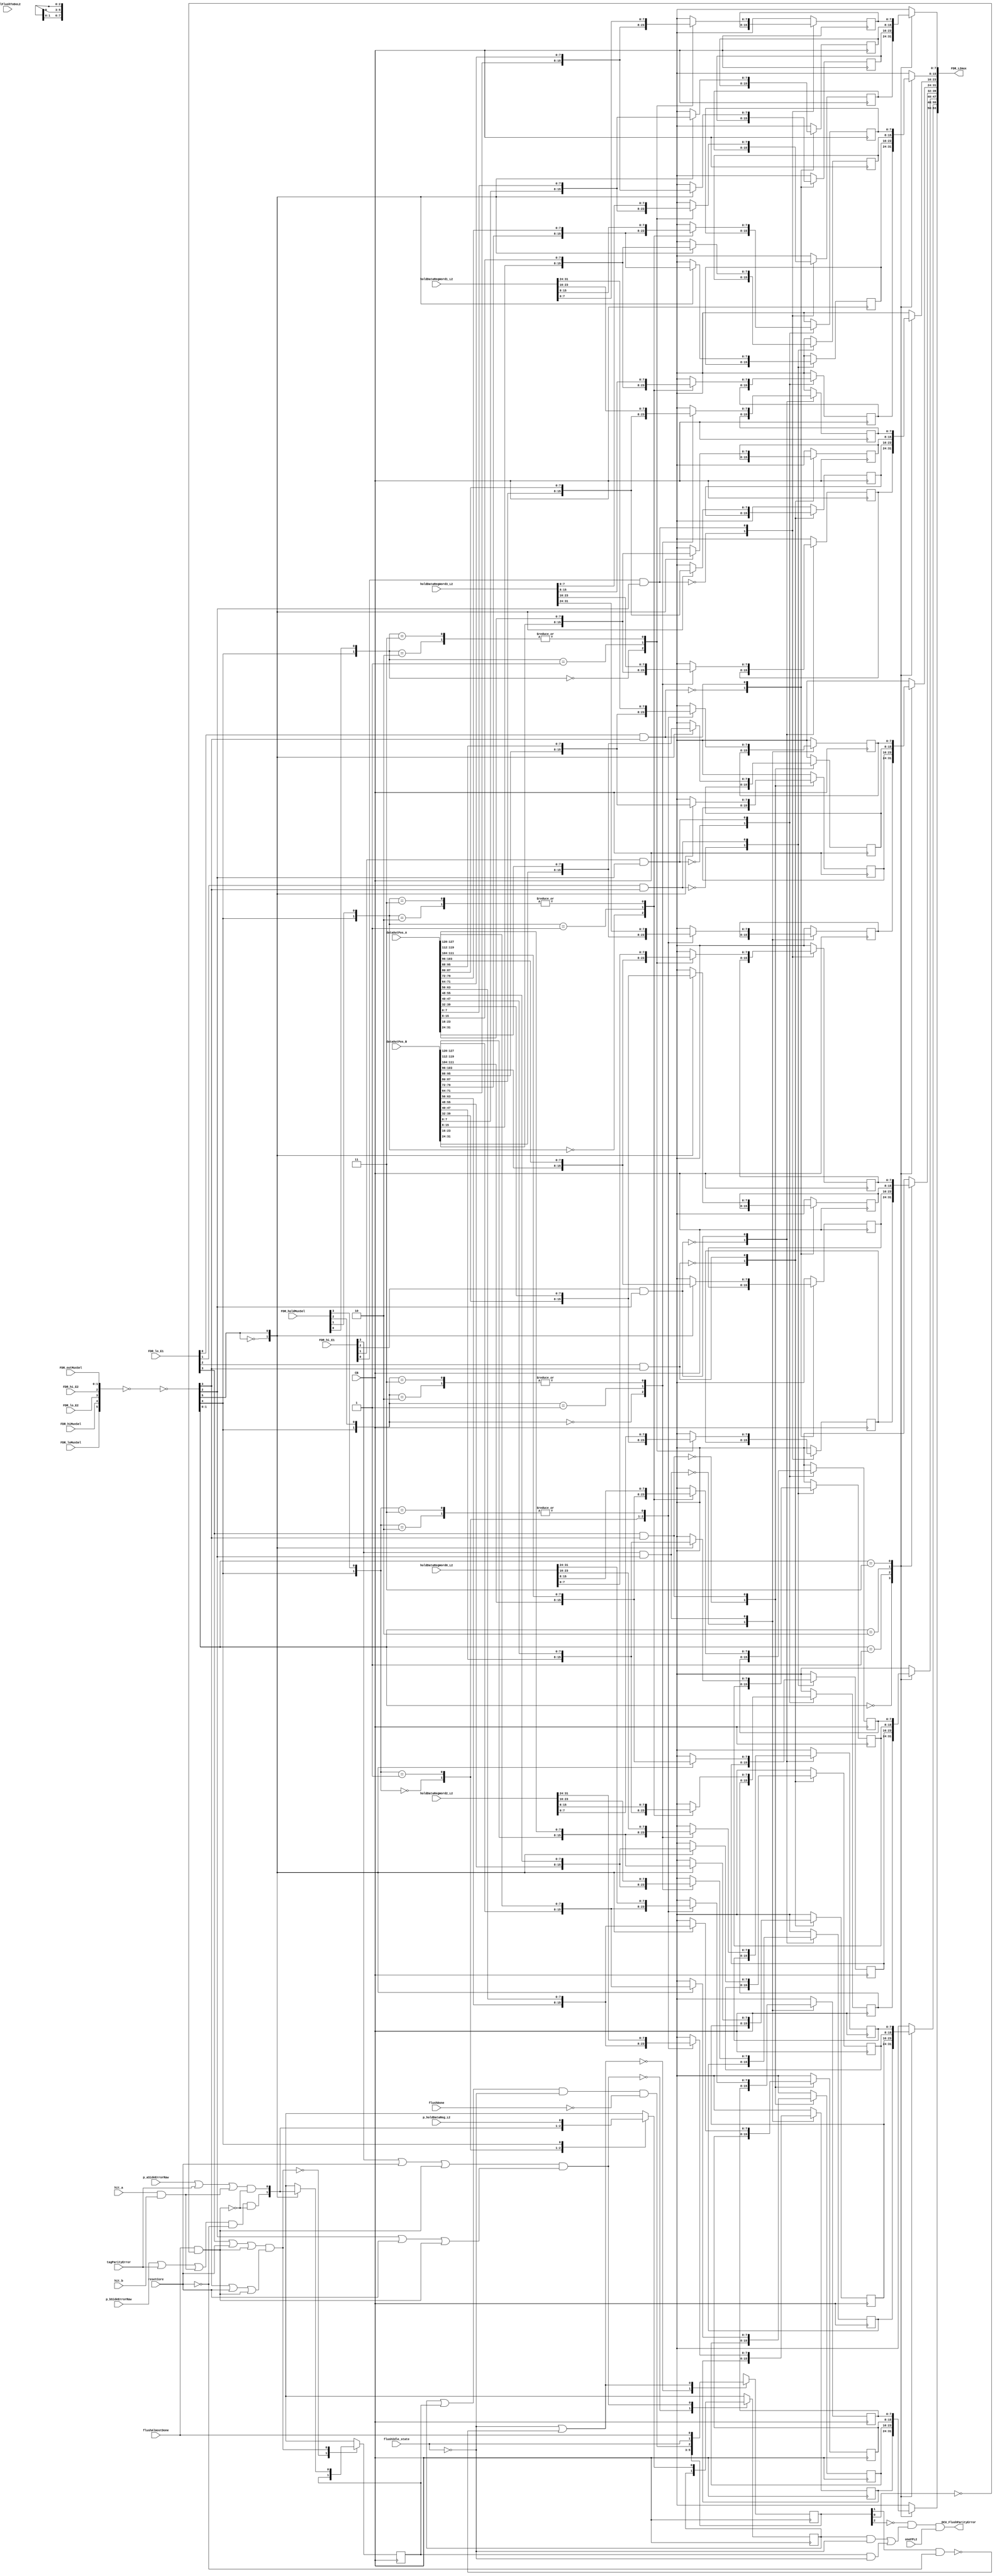
// 
// ************************************************************************** 
// 
//  Copyright (c) International Business Machines Corporation, 2005. 
// 
//  This file contains trade secrets and other proprietary and confidential 
//  information of International Business Machines Corporation which are 
//  protected by copyright and other intellectual property rights and shall 
//  not be reproduced, transferred to other documents, disclosed to others, 
//  or used for any purpose except as specifically authorized in writing by 
//  International Business Machines Corporation. This notice must be 
//  contained as part of this text at all times. 
// 
// ************************************************************************** 
//

module p405s_DCU_flushReg( FDR_L2mux,
                           CB,
                           FDR_hiMuxSel,
                           FDR_hi_E1,
                           FDR_hi_E2,
                           FDR_holdMuxSel,
                           FDR_loMuxSel,
                           FDR_lo_E1,
                           FDR_lo_E2,
                           FDR_outMuxSel,
                           dataOutPos_A,
                           p_aSideErrorRaw,
                           hit_a,
                           dataOutPos_B,
                           p_bSideErrorRaw,
                           hit_b,
                           flushIdle_state,
                           flushAlmostDone,
                           flushDone,
                           fillFlushToDoL2,
                           oneFPL2,
                           resetCore,
                           holdDataRegWord0_L2,
                           holdDataRegWord1_L2,
                           holdDataRegWord2_L2,
                           holdDataRegWord3_L2,
                           p_holdDataReg_L2,
                           tagParityError,
                           DCU_FlushParityError
                          );

input  FDR_hiMuxSel;
input  FDR_hi_E2;
input  FDR_loMuxSel;
input  FDR_lo_E2;

//--------- start ---------------
// rgoldiez - added p_aSideErrorRaw and p_bSideErrorRaw, one of which will get selected if
//             a flush is occuring
//            added flushIdle_state and resetCore for signalling parity errors for flush/castouts
//            added DCU_FlushParityError which is signalled when a castout error occurs
//            added tagParityError for tag errors on castout lines
//            added hit_a and hit_b since hit is necessary for a dcbf/dcbst to occur
//            added p_holdDataReg_L2 for holdDR parity errors
//            bringing the flushAlmostDone for holdDR -> FDR parity error movement
input  p_aSideErrorRaw;
input  p_bSideErrorRaw;
input  flushIdle_state;
input  flushAlmostDone;
input  flushDone;
input  fillFlushToDoL2;
input  oneFPL2;
input  resetCore;
input  tagParityError;
input  hit_a; 
input  hit_b;
input  p_holdDataReg_L2;
output DCU_FlushParityError;
//--------- end -----------------

output [0:63]  FDR_L2mux;

input [0:31]  holdDataRegWord0_L2;
input [0:31]  holdDataRegWord2_L2;
input [0:1]  FDR_outMuxSel;
input [0:127]  dataOutPos_B;
input [0:3]  FDR_hi_E1;
input [0:3]  FDR_lo_E1;
input [0:31]  holdDataRegWord1_L2;
input [0:3]  FDR_holdMuxSel;
input [0:127]  dataOutPos_A;
input [0:31]  holdDataRegWord3_L2;
input CB;

// Buses in the design

reg  [0:7]  FDR_word0Byte0_In;
reg  [0:7]  FDR_word0Byte1_In;
reg  [0:7]  FDR_word0Byte2_In;
reg  [0:7]  FDR_word0Byte3_In;
reg  [0:7]  FDR_word1Byte0_In;
reg  [0:7]  FDR_word2Byte3_In;
reg  [0:7]  FDR_word2Byte2_In;
reg  [0:7]  FDR_word2Byte1_In;
reg  [0:7]  FDR_word2Byte0_In;
wire  [0:5]  controlByte23;
wire  [0:5]  controlByte01;
reg  [0:7]  FDR_word1Byte1_In;
reg  [0:7]  FDR_word1Byte2_In;
reg  [0:7]  FDR_word1Byte3_In;
reg  [0:7]  FDR_word3Byte2_In;
reg  [0:7]  FDR_word3Byte1_In;
reg  [0:7]  FDR_word3Byte0_In;
reg  [0:31]  FDR_word5_L2;
reg  [0:7]  FDR_word3Byte3_In;
reg  [0:31]  FDR_word1_L2;
reg  [0:31]  FDR_word0_L2;
reg  [0:31]  FDR_word3_L2;
reg  [0:31]  FDR_word6_L2;
reg  [0:31]  FDR_word2_L2;
reg  [0:31]  FDR_word7_L2;
reg  [0:31]  FDR_word4_L2;
wire  [0:1]  FDR_outMuxSelByte23;
wire  [0:1]  FDR_outMuxSelByte01;
// wires from instantiation
wire FDR_hi_byte01_E2;
wire p_parityFDRhiE2;
wire flushAlmostDoneBlip_N;
wire FDR_hiMuxSelByte01;
wire p_FDRhi_L2;
wire FDR_lo_byte01_E2;
wire p_parityFDRloE2;
wire FDR_loMuxSelByte01;
wire p_FDRlo_L2;

wire FDR_loMuxSelByte23, FDR_hiMuxSelByte23, FDR_lo_byte23_E2;
wire FDR_hi_byte23_E2;

reg [24:31] regDCU_FDRword7Byte3_muxout;
reg [16:23] regDCU_FDRword7Byte2_muxout;
reg [8:15] regDCU_FDRword7Byte1_muxout;
reg [0:7] regDCU_FDRword7Byte0_muxout;
reg [24:31] regDCU_FDRword6Byte3_muxout;
reg [16:23] regDCU_FDRword6Byte2_muxout;
reg [8:15] regDCU_FDRword6Byte1_muxout;
reg [0:7] regDCU_FDRword6Byte0_muxout;
reg [24:31] regDCU_FDRword5Byte3_muxout;
reg [16:23] regDCU_FDRword5Byte2_muxout;
reg [8:15] regDCU_FDRword5Byte1_muxout;
reg [0:7] regDCU_FDRword5Byte0_muxout;
reg [24:31] regDCU_FDRword4Byte3_muxout;

reg [0:63]  FDR_L2mux;

// Removed the module 'dp_logDCU_FDR_inv4'
assign {FDR_loMuxSelByte23, FDR_hiMuxSelByte23,
     FDR_lo_byte23_E2, FDR_hi_byte23_E2, FDR_outMuxSelByte23[0:1]} = ~(controlByte23[0:5]);

// Removed the module 'dp_logDCU_FDR_inv3'
assign {FDR_loMuxSelByte01, FDR_hiMuxSelByte01,
     FDR_lo_byte01_E2, FDR_hi_byte01_E2, FDR_outMuxSelByte01[0:1]} = ~(controlByte01[0:5]);

// Removed the module 'dp_logDCU_FDR_inv2'
assign controlByte23[0:5] = ~({FDR_loMuxSel, FDR_hiMuxSel, FDR_lo_E2, FDR_hi_E2,FDR_outMuxSel[0:1]});

// Removed the module 'dp_logDCU_FDR_inv1'
assign controlByte01[0:5] = ~({FDR_loMuxSel, FDR_hiMuxSel, FDR_lo_E2, FDR_hi_E2,FDR_outMuxSel[0:1]});

// Removed the module 'dp_muxDCU_FDRbyte0_out2'
always @(FDR_word3_L2 or FDR_word5_L2 or FDR_word7_L2 or FDR_word1_L2 or FDR_outMuxSelByte01)
    begin                                           
    case({FDR_outMuxSelByte01[0], FDR_outMuxSelByte01[1]})
     2'b00: FDR_L2mux[32:39] = FDR_word3_L2[0:7];    
     2'b01: FDR_L2mux[32:39] = FDR_word5_L2[0:7];    
     2'b10: FDR_L2mux[32:39] = FDR_word7_L2[0:7];    
     2'b11: FDR_L2mux[32:39] = FDR_word1_L2[0:7];    
      default: FDR_L2mux[32:39] = 8'bx;        
    endcase                                    
   end 

// Removed the module 'dp_muxDCU_FDRbyte1_out2'
always @(FDR_word3_L2 or FDR_word5_L2 or FDR_word7_L2 or FDR_word1_L2 or FDR_outMuxSelByte01)
    begin                                           
    case({FDR_outMuxSelByte01[0], FDR_outMuxSelByte01[1]})
     2'b00: FDR_L2mux[40:47] = FDR_word3_L2[8:15]; 
     2'b01: FDR_L2mux[40:47] = FDR_word5_L2[8:15];    
     2'b10: FDR_L2mux[40:47] = FDR_word7_L2[8:15];    
     2'b11: FDR_L2mux[40:47] = FDR_word1_L2[8:15];    
      default: FDR_L2mux[40:47] = 8'bx;        
    endcase                                    
   end                                         

// Removed the module 'dp_muxDCU_FDRbyte2_out2'
always @(FDR_word3_L2 or FDR_word5_L2 or FDR_word7_L2 or FDR_word1_L2 or FDR_outMuxSelByte23)
    begin                                           
    case({FDR_outMuxSelByte23[0], FDR_outMuxSelByte23[1]})
     2'b00: FDR_L2mux[48:55] = FDR_word3_L2[16:23];    
     2'b01: FDR_L2mux[48:55] = FDR_word5_L2[16:23];    
     2'b10: FDR_L2mux[48:55] = FDR_word7_L2[16:23];    
     2'b11: FDR_L2mux[48:55] = FDR_word1_L2[16:23];    
      default: FDR_L2mux[48:55] = 8'bx;        
    endcase                                    
   end

// Removed the module 'dp_muxDCU_FDRbyte3_out2'
always @(FDR_word3_L2 or FDR_word5_L2 or FDR_word7_L2 or FDR_word1_L2 or FDR_outMuxSelByte23)
    begin                                           
    case({FDR_outMuxSelByte23[0], FDR_outMuxSelByte23[1]})
     2'b00: FDR_L2mux[56:63] = FDR_word3_L2[24:31];    
     2'b01: FDR_L2mux[56:63] = FDR_word5_L2[24:31];    
     2'b10: FDR_L2mux[56:63] = FDR_word7_L2[24:31];    
     2'b11: FDR_L2mux[56:63] = FDR_word1_L2[24:31];    
      default: FDR_L2mux[56:63] = 8'bx;        
    endcase                                    
   end

// Removed the module 'dp_muxDCU_FDRbyte3_out1'
always @(FDR_word2_L2 or FDR_word4_L2 or FDR_word6_L2 or FDR_word0_L2 or FDR_outMuxSelByte23)
    begin                                           
    case({FDR_outMuxSelByte23[0], FDR_outMuxSelByte23[1]})
     2'b00: FDR_L2mux[24:31] = FDR_word2_L2[24:31];    
     2'b01: FDR_L2mux[24:31] = FDR_word4_L2[24:31];    
     2'b10: FDR_L2mux[24:31] = FDR_word6_L2[24:31];    
     2'b11: FDR_L2mux[24:31] = FDR_word0_L2[24:31];    
      default: FDR_L2mux[24:31] = 8'bx;        
    endcase                                    
   end

// Removed the module 'dp_muxDCU_FDRbyte2_out1'
always @(FDR_word2_L2 or FDR_word4_L2 or FDR_word6_L2 or FDR_word0_L2 or FDR_outMuxSelByte23)
    begin                                           
    case({FDR_outMuxSelByte23[0], FDR_outMuxSelByte23[1]})
     2'b00: FDR_L2mux[16:23] = FDR_word2_L2[16:23];    
     2'b01: FDR_L2mux[16:23] = FDR_word4_L2[16:23];    
     2'b10: FDR_L2mux[16:23] = FDR_word6_L2[16:23];    
     2'b11: FDR_L2mux[16:23] = FDR_word0_L2[16:23];    
      default: FDR_L2mux[16:23] = 8'bx;        
    endcase                                    
   end

// Removed the module 'dp_muxDCU_FDRbyte1_out1'
always @(FDR_word2_L2 or FDR_word4_L2 or FDR_word6_L2 or FDR_word0_L2 or FDR_outMuxSelByte01)
    begin                                           
    case({FDR_outMuxSelByte01[0], FDR_outMuxSelByte01[1]})
     2'b00: FDR_L2mux[8:15] = FDR_word2_L2[8:15];    
     2'b01: FDR_L2mux[8:15] = FDR_word4_L2[8:15];    
     2'b10: FDR_L2mux[8:15] = FDR_word6_L2[8:15];    
     2'b11: FDR_L2mux[8:15] = FDR_word0_L2[8:15];    
      default: FDR_L2mux[8:15] = 8'bx;        
    endcase                                    
   end

// Removed the module 'dp_muxDCU_FDRbyte0_out1'
always @(FDR_word2_L2 or FDR_word4_L2 or FDR_word6_L2 or FDR_word0_L2 or FDR_outMuxSelByte01)
    begin                                           
    case({FDR_outMuxSelByte01[0], FDR_outMuxSelByte01[1]})
     2'b00: FDR_L2mux[0:7] = FDR_word2_L2[0:7];    
     2'b01: FDR_L2mux[0:7] = FDR_word4_L2[0:7];    
     2'b10: FDR_L2mux[0:7] = FDR_word6_L2[0:7];    
     2'b11: FDR_L2mux[0:7] = FDR_word0_L2[0:7];    
      default: FDR_L2mux[0:7] = 8'bx;        
    endcase                                    
   end

// Removed the module 'dp_regDCU_FDRword7Byte3'
always @(dataOutPos_B or dataOutPos_A or FDR_loMuxSelByte23)
    begin                                       
    casez(FDR_loMuxSelByte23)                    
     1'b0: regDCU_FDRword7Byte3_muxout = dataOutPos_B[120:127];
     1'b1: regDCU_FDRword7Byte3_muxout = dataOutPos_A[120:127];   
      default: regDCU_FDRword7Byte3_muxout = 8'bx;  
    endcase                             
   end                                  
   // L2 Output modeled as posedge FF      
   always @(posedge CB)      
    begin                                       
    casez(FDR_lo_E1[3] & FDR_lo_byte23_E2)                        
     1'b0: FDR_word7_L2[24:31] <= FDR_word7_L2[24:31];                
     1'b1: FDR_word7_L2[24:31] <= regDCU_FDRword7Byte3_muxout;       
      default: FDR_word7_L2[24:31] <= 8'bx;  
    endcase                             
   end 

// Removed the module 'dp_regDCU_FDRword7Byte2'
always @(dataOutPos_B or dataOutPos_A or FDR_loMuxSelByte23)
    begin                                       
    casez(FDR_loMuxSelByte23)                    
     1'b0: regDCU_FDRword7Byte2_muxout = dataOutPos_B[112:119];
     1'b1: regDCU_FDRword7Byte2_muxout = dataOutPos_A[112:119];   
      default: regDCU_FDRword7Byte2_muxout = 8'bx;  
    endcase                             
   end                                  
   // L2 Output modeled as posedge FF      
   always @(posedge CB)      
    begin                                       
    casez(FDR_lo_E1[2]&FDR_lo_byte23_E2)                        
     1'b0: FDR_word7_L2[16:23] <= FDR_word7_L2[16:23];                
     1'b1: FDR_word7_L2[16:23] <= regDCU_FDRword7Byte2_muxout;       
      default: FDR_word7_L2[16:23] <= 8'bx;  
    endcase                             
   end

// Removed the module 'dp_regDCU_FDRword7Byte1'
always @(dataOutPos_B or dataOutPos_A or FDR_loMuxSelByte01)
    begin                                       
    casez(FDR_loMuxSelByte01)                    
     1'b0: regDCU_FDRword7Byte1_muxout = dataOutPos_B[104:111];
     1'b1: regDCU_FDRword7Byte1_muxout = dataOutPos_A[104:111];   
      default: regDCU_FDRword7Byte1_muxout = 8'bx;  
    endcase                             
   end                                  
   // L2 Output modeled as posedge FF      
   always @(posedge CB)      
    begin                                       
    casez(FDR_lo_E1[1] & FDR_lo_byte01_E2)                        
     1'b0: FDR_word7_L2[8:15] <= FDR_word7_L2[8:15];                
     1'b1: FDR_word7_L2[8:15] <= regDCU_FDRword7Byte1_muxout;       
      default: FDR_word7_L2[8:15] <= 8'bx;  
    endcase                             
   end    

// Removed the module 'dp_regDCU_FDRword7Byte0'
 always @(dataOutPos_B or dataOutPos_A or FDR_loMuxSelByte01)
    begin                                       
    casez(FDR_loMuxSelByte01)                    
     1'b0: regDCU_FDRword7Byte0_muxout = dataOutPos_B[96:103];
     1'b1: regDCU_FDRword7Byte0_muxout = dataOutPos_A[96:103];   
      default: regDCU_FDRword7Byte0_muxout = 8'bx;  
    endcase                             
   end                                  
   // L2 Output modeled as posedge FF      
   always @(posedge CB)      
    begin                                       
    casez(FDR_lo_E1[0] & FDR_lo_byte01_E2)                        
     1'b0: FDR_word7_L2[0:7] <= FDR_word7_L2[0:7];                
     1'b1: FDR_word7_L2[0:7] <= regDCU_FDRword7Byte0_muxout;       
      default: FDR_word7_L2[0:7] <= 8'bx;  
    endcase                             
   end  

// Removed the module 'dp_regDCU_FDRword6Byte3'
always @(dataOutPos_B or dataOutPos_A or FDR_loMuxSelByte23)
    begin                                       
    casez(FDR_loMuxSelByte23)                    
     1'b0: regDCU_FDRword6Byte3_muxout = dataOutPos_B[88:95];
     1'b1: regDCU_FDRword6Byte3_muxout = dataOutPos_A[88:95];   
      default: regDCU_FDRword6Byte3_muxout = 8'bx;  
    endcase                             
   end                                  
   // L2 Output modeled as posedge FF      
   always @(posedge CB)      
    begin                                       
    casez(FDR_lo_E1[3] & FDR_lo_byte23_E2)
     1'b0: FDR_word6_L2[24:31] <= FDR_word6_L2[24:31];                
     1'b1: FDR_word6_L2[24:31] <= regDCU_FDRword6Byte3_muxout;       
      default: FDR_word6_L2[24:31] <= 8'bx;  
    endcase                             
   end 

// Removed the module 'dp_regDCU_FDRword6Byte2'
always @(dataOutPos_B or dataOutPos_A or FDR_loMuxSelByte23)
    begin                                       
    casez(FDR_loMuxSelByte23)                    
     1'b0: regDCU_FDRword6Byte2_muxout = dataOutPos_B[80:87];   
     1'b1: regDCU_FDRword6Byte2_muxout = dataOutPos_A[80:87];   
      default: regDCU_FDRword6Byte2_muxout = 8'bx;  
    endcase                             
   end                                  
   // L2 Output modeled as posedge FF      
   always @(posedge CB)      
    begin                                       
    casez(FDR_lo_E1[2] & FDR_lo_byte23_E2)                        
     1'b0: FDR_word6_L2[16:23] <= FDR_word6_L2[16:23];                
     1'b1: FDR_word6_L2[16:23] <= regDCU_FDRword6Byte2_muxout;       
      default: FDR_word6_L2[16:23] <= 8'bx;  
    endcase                             
   end 

// Removed the module 'dp_regDCU_FDRword6Byte1'
always @(dataOutPos_B or dataOutPos_A or FDR_loMuxSelByte01)
    begin                                       
    casez(FDR_loMuxSelByte01)                    
     1'b0: regDCU_FDRword6Byte1_muxout = dataOutPos_B[72:79];
     1'b1: regDCU_FDRword6Byte1_muxout = dataOutPos_A[72:79];   
      default: regDCU_FDRword6Byte1_muxout = 8'bx;  
    endcase                             
   end                                  
   // L2 Output modeled as posedge FF      
   always @(posedge CB)      
    begin                                       
    casez(FDR_lo_E1[1] & FDR_lo_byte01_E2)                        
     1'b0: FDR_word6_L2[8:15] <= FDR_word6_L2[8:15];                
     1'b1: FDR_word6_L2[8:15] <= regDCU_FDRword6Byte1_muxout;       
      default: FDR_word6_L2[8:15] <= 8'bx;  
    endcase                             
   end   

// Removed the module 'dp_regDCU_FDRword6Byte0'
always @(dataOutPos_B or dataOutPos_A or FDR_loMuxSelByte01)
    begin                                       
    casez(FDR_loMuxSelByte01)                    
     1'b0: regDCU_FDRword6Byte0_muxout = dataOutPos_B[64:71];   
     1'b1: regDCU_FDRword6Byte0_muxout = dataOutPos_A[64:71];   
      default: regDCU_FDRword6Byte0_muxout = 8'bx;  
    endcase                             
   end                                  
   // L2 Output modeled as posedge FF      
   always @(posedge CB)      
    begin                                       
    casez(FDR_lo_E1[0] & FDR_lo_byte01_E2)                        
     1'b0: FDR_word6_L2[0:7] <= FDR_word6_L2[0:7];                
     1'b1: FDR_word6_L2[0:7] <= regDCU_FDRword6Byte0_muxout;       
      default: FDR_word6_L2[0:7] <= 8'bx;  
    endcase
   end

// Removed the module 'dp_regDCU_FDRword5Byte3'
always @(dataOutPos_B or dataOutPos_A or FDR_loMuxSelByte23)
    begin                                       
    casez(FDR_loMuxSelByte23)                    
     1'b0: regDCU_FDRword5Byte3_muxout = dataOutPos_B[56:63];   
     1'b1: regDCU_FDRword5Byte3_muxout = dataOutPos_A[56:63];   
      default: regDCU_FDRword5Byte3_muxout = 8'bx;  
    endcase                             
   end                                  
   // L2 Output modeled as posedge FF      
   always @(posedge CB)      
    begin                                       
    casez(FDR_lo_E1[3] & FDR_lo_byte23_E2)                        
     1'b0: FDR_word5_L2[24:31] <= FDR_word5_L2[24:31];                
     1'b1: FDR_word5_L2[24:31] <= regDCU_FDRword5Byte3_muxout;       
      default: FDR_word5_L2[24:31] <= 8'bx;  
    endcase                             
   end

// Removed the module 'dp_regDCU_FDRword5Byte2'
always @(dataOutPos_B or dataOutPos_A or FDR_loMuxSelByte23)
    begin                                       
    casez(FDR_loMuxSelByte23)                    
     1'b0: regDCU_FDRword5Byte2_muxout = dataOutPos_B[48:55];   
     1'b1: regDCU_FDRword5Byte2_muxout = dataOutPos_A[48:55];   
      default: regDCU_FDRword5Byte2_muxout = 8'bx;  
    endcase                             
   end                                  
   // L2 Output modeled as posedge FF      
   always @(posedge CB)      
    begin                                       
    casez(FDR_lo_E1[2] & FDR_lo_byte23_E2)                        
     1'b0: FDR_word5_L2[16:23] <= FDR_word5_L2[16:23];                
     1'b1: FDR_word5_L2[16:23] <= regDCU_FDRword5Byte2_muxout;       
      default: FDR_word5_L2[16:23] <= 8'bx;  
    endcase                             
   end  

// Removed the module 'dp_regDCU_FDRword5Byte1'
always @(dataOutPos_B or dataOutPos_A or FDR_loMuxSelByte01)
    begin                                       
    casez(FDR_loMuxSelByte01)                    
     1'b0: regDCU_FDRword5Byte1_muxout = dataOutPos_B[40:47];   
     1'b1: regDCU_FDRword5Byte1_muxout = dataOutPos_A[40:47];   
      default: regDCU_FDRword5Byte1_muxout = 8'bx;  
    endcase                             
   end                                  
   // L2 Output modeled as posedge FF      
   always @(posedge CB)      
    begin                                       
    casez(FDR_lo_E1[1] & FDR_lo_byte01_E2)                        
     1'b0: FDR_word5_L2[8:15] <= FDR_word5_L2[8:15];                
     1'b1: FDR_word5_L2[8:15] <= regDCU_FDRword5Byte1_muxout;       
      default: FDR_word5_L2[8:15] <= 8'bx;  
    endcase                             
   end                                  

// Removed the module 'dp_regDCU_FDRword5Byte0'
always @(dataOutPos_B or dataOutPos_A or FDR_loMuxSelByte01)
    begin                                       
    casez(FDR_loMuxSelByte01)                    
     1'b0: regDCU_FDRword5Byte0_muxout = dataOutPos_B[32:39];   
     1'b1: regDCU_FDRword5Byte0_muxout = dataOutPos_A[32:39];   
      default: regDCU_FDRword5Byte0_muxout = 8'bx;  
    endcase                             
   end                                  
   // L2 Output modeled as posedge FF      
   always @(posedge CB)      
    begin                                       
    casez(FDR_lo_E1[0] & FDR_lo_byte01_E2)                        
     1'b0: FDR_word5_L2[0:7] <= FDR_word5_L2[0:7];                
     1'b1: FDR_word5_L2[0:7] <= regDCU_FDRword5Byte0_muxout;       
      default: FDR_word5_L2[0:7] <= 8'bx;  
    endcase                             
   end 

// Removed the module 'dp_regDCU_FDRword4Byte3'
always @(dataOutPos_B or dataOutPos_A or FDR_loMuxSelByte23)
    begin                                       
    casez(FDR_loMuxSelByte23)                    
     1'b0: regDCU_FDRword4Byte3_muxout = dataOutPos_B[24:31];   
     1'b1: regDCU_FDRword4Byte3_muxout = dataOutPos_A[24:31];   
      default: regDCU_FDRword4Byte3_muxout = 8'bx;  
    endcase                             
   end                                  
   // L2 Output modeled as posedge FF      
   always @(posedge CB)      
    begin                                       
    casez(FDR_lo_E1[3] & FDR_lo_byte23_E2)                        
     1'b0: FDR_word4_L2[24:31] <= FDR_word4_L2[24:31];                
     1'b1: FDR_word4_L2[24:31] <= regDCU_FDRword4Byte3_muxout;       
      default: FDR_word4_L2[24:31] <= 8'bx;  
    endcase                             
   end

// Removed the module 'dp_regDCU_FDRword4Byte2'
reg [16:23] regDCU_FDRword4Byte2_muxout;
always @(dataOutPos_B or dataOutPos_A or FDR_loMuxSelByte23)
    begin                                       
    casez(FDR_loMuxSelByte23)                    
     1'b0: regDCU_FDRword4Byte2_muxout = dataOutPos_B[16:23];   
     1'b1: regDCU_FDRword4Byte2_muxout = dataOutPos_A[16:23];   
      default: regDCU_FDRword4Byte2_muxout = 8'bx;  
    endcase                             
   end                                  
   // L2 Output modeled as posedge FF      
   always @(posedge CB)      
    begin                                       
    casez(FDR_lo_E1[2] & FDR_lo_byte23_E2)                        
     1'b0: FDR_word4_L2[16:23] <= FDR_word4_L2[16:23];                
     1'b1: FDR_word4_L2[16:23] <= regDCU_FDRword4Byte2_muxout;       
      default: FDR_word4_L2[16:23] <= 8'bx;  
    endcase                             
   end

// Removed the module 'dp_regDCU_FDRword4Byte1'
reg [8:15] regDCU_FDRword4Byte1_muxout;
always @(dataOutPos_B or dataOutPos_A or FDR_loMuxSelByte01)
    begin                                       
    casez(FDR_loMuxSelByte01)                    
     1'b0: regDCU_FDRword4Byte1_muxout = dataOutPos_B[8:15];   
     1'b1: regDCU_FDRword4Byte1_muxout = dataOutPos_A[8:15];   
      default: regDCU_FDRword4Byte1_muxout = 8'bx;  
    endcase                             
   end                                  
   // L2 Output modeled as posedge FF      
   always @(posedge CB)      
    begin                                       
    casez(FDR_lo_E1[1] & FDR_lo_byte01_E2)                        
     1'b0: FDR_word4_L2[8:15] <= FDR_word4_L2[8:15];                
     1'b1: FDR_word4_L2[8:15] <= regDCU_FDRword4Byte1_muxout;       
      default: FDR_word4_L2[8:15] <= 8'bx;  
    endcase                             
   end

// Removed the module 'dp_regDCU_FDRword4Byte0'
reg [0:7] regDCU_FDRword4Byte0_muxout;
always @(dataOutPos_B or dataOutPos_A or FDR_loMuxSelByte01)
    begin                                       
    casez(FDR_loMuxSelByte01)                    
     1'b0: regDCU_FDRword4Byte0_muxout = dataOutPos_B[0:7];   
     1'b1: regDCU_FDRword4Byte0_muxout = dataOutPos_A[0:7];   
      default: regDCU_FDRword4Byte0_muxout = 8'bx;  
    endcase                             
   end                                  
   // L2 Output modeled as posedge FF      
   always @(posedge CB)      
    begin                                       
    casez(FDR_lo_E1[0] & FDR_lo_byte01_E2)                        
     1'b0: FDR_word4_L2[0:7] <= FDR_word4_L2[0:7];                
     1'b1: FDR_word4_L2[0:7] <= regDCU_FDRword4Byte0_muxout;       
      default: FDR_word4_L2[0:7] <= 8'bx;  
    endcase                             
   end                                  

// Removed the module 'dp_muxDCU_FDRword3Byte0'
always @(dataOutPos_B or dataOutPos_A or holdDataRegWord3_L2 or FDR_hiMuxSelByte01 or FDR_holdMuxSel)
    begin                                           
    case({FDR_hiMuxSelByte01, FDR_holdMuxSel[0]})
     2'b00: FDR_word3Byte0_In[0:7] = dataOutPos_B[96:103];    
     2'b01: FDR_word3Byte0_In[0:7] = dataOutPos_A[96:103];    
     2'b10: FDR_word3Byte0_In[0:7] = holdDataRegWord3_L2[0:7];    
     2'b11: FDR_word3Byte0_In[0:7] = holdDataRegWord3_L2[0:7];    
      default: FDR_word3Byte0_In[0:7] = 8'bx;        
    endcase                                    
   end 
// Removed the module 'dp_muxDCU_FDRword3Byte1'

always @(dataOutPos_B or dataOutPos_A or holdDataRegWord3_L2 or FDR_hiMuxSelByte01 or FDR_holdMuxSel)
    begin                                           
    case({FDR_hiMuxSelByte01,FDR_holdMuxSel[1]})
     2'b00: FDR_word3Byte1_In[0:7] = dataOutPos_B[104:111];    
     2'b01: FDR_word3Byte1_In[0:7] = dataOutPos_A[104:111];    
     2'b10: FDR_word3Byte1_In[0:7] = holdDataRegWord3_L2[8:15];    
     2'b11: FDR_word3Byte1_In[0:7] = holdDataRegWord3_L2[8:15];    
      default: FDR_word3Byte1_In[0:7] = 8'bx;        
    endcase                                    
   end 

// Removed the module 'dp_muxDCU_FDRword3Byte2'
always @(dataOutPos_B or dataOutPos_A or holdDataRegWord3_L2 or FDR_hiMuxSelByte23 or FDR_holdMuxSel)
    begin                                           
    case({FDR_hiMuxSelByte23,FDR_holdMuxSel[2]})
     2'b00: FDR_word3Byte2_In[0:7] = dataOutPos_B[112:119];    
     2'b01: FDR_word3Byte2_In[0:7] = dataOutPos_A[112:119];    
     2'b10: FDR_word3Byte2_In[0:7] = holdDataRegWord3_L2[16:23];    
     2'b11: FDR_word3Byte2_In[0:7] = holdDataRegWord3_L2[16:23];    
      default: FDR_word3Byte2_In[0:7] = 8'bx;        
    endcase                                    
   end   

// Removed the module 'dp_muxDCU_FDRword3Byte3'
always @(dataOutPos_B or dataOutPos_A or holdDataRegWord3_L2 or FDR_hiMuxSelByte23 or FDR_holdMuxSel)
    begin                                           
    case({FDR_hiMuxSelByte23,FDR_holdMuxSel[3]})
     2'b00: FDR_word3Byte3_In[0:7] = dataOutPos_B[120:127];    
     2'b01: FDR_word3Byte3_In[0:7] = dataOutPos_A[120:127];    
     2'b10: FDR_word3Byte3_In[0:7] = holdDataRegWord3_L2[24:31];    
     2'b11: FDR_word3Byte3_In[0:7] = holdDataRegWord3_L2[24:31];    
      default: FDR_word3Byte3_In[0:7] = 8'bx;        
    endcase                                    
   end 

// Removed the module 'dp_muxDCU_FDRword2Byte3'
always @(dataOutPos_B or dataOutPos_A or holdDataRegWord2_L2 or FDR_hiMuxSelByte23 or FDR_holdMuxSel)
    begin                                           
    case({FDR_hiMuxSelByte23,FDR_holdMuxSel[3]})
     2'b00: FDR_word2Byte3_In[0:7] = dataOutPos_B[88:95];    
     2'b01: FDR_word2Byte3_In[0:7] = dataOutPos_A[88:95];    
     2'b10: FDR_word2Byte3_In[0:7] = holdDataRegWord2_L2[24:31];    
     2'b11: FDR_word2Byte3_In[0:7] = holdDataRegWord2_L2[24:31];    
      default: FDR_word2Byte3_In[0:7] = 8'bx;        
    endcase                                    
   end 

// Removed the module 'dp_muxDCU_FDRword2Byte2'
always @(dataOutPos_B or dataOutPos_A or holdDataRegWord2_L2 or FDR_hiMuxSelByte23 or FDR_holdMuxSel)
    begin                                           
    case({FDR_hiMuxSelByte23,FDR_holdMuxSel[2]})
     2'b00: FDR_word2Byte2_In[0:7] = dataOutPos_B[80:87];    
     2'b01: FDR_word2Byte2_In[0:7] = dataOutPos_A[80:87];    
     2'b10: FDR_word2Byte2_In[0:7] = holdDataRegWord2_L2[16:23];    
     2'b11: FDR_word2Byte2_In[0:7] = holdDataRegWord2_L2[16:23];    
      default: FDR_word2Byte2_In[0:7] = 8'bx;        
    endcase                                    
   end 

// Removed the module 'dp_muxDCU_FDRword2Byte1'
always @(dataOutPos_B or dataOutPos_A or holdDataRegWord2_L2 or FDR_hiMuxSelByte01 or FDR_holdMuxSel)
    begin                                           
    case({FDR_hiMuxSelByte01,FDR_holdMuxSel[1]})
     2'b00: FDR_word2Byte1_In[0:7] = dataOutPos_B[72:79];    
     2'b01: FDR_word2Byte1_In[0:7] = dataOutPos_A[72:79];    
     2'b10: FDR_word2Byte1_In[0:7] = holdDataRegWord2_L2[8:15];    
     2'b11: FDR_word2Byte1_In[0:7] = holdDataRegWord2_L2[8:15];    
      default: FDR_word2Byte1_In[0:7] = 8'bx;        
    endcase                                    
   end 

// Removed the module 'dp_muxDCU_FDRword2Byte0'
always @(dataOutPos_B or dataOutPos_A or holdDataRegWord2_L2 or FDR_hiMuxSelByte01 or FDR_holdMuxSel)
    begin                                           
    case({FDR_hiMuxSelByte01, FDR_holdMuxSel[0]})
     2'b00: FDR_word2Byte0_In[0:7] = dataOutPos_B[64:71];    
     2'b01: FDR_word2Byte0_In[0:7] = dataOutPos_A[64:71];    
     2'b10: FDR_word2Byte0_In[0:7] = holdDataRegWord2_L2[0:7];    
     2'b11: FDR_word2Byte0_In[0:7] = holdDataRegWord2_L2[0:7];    
      default: FDR_word2Byte0_In[0:7] = 8'bx;        
    endcase                                    
   end 

// Removed the module 'dp_regDCU_FDRword3Byte0'
always @(posedge CB)      
    begin                                       
    casez(FDR_hi_E1[0] & FDR_hi_byte01_E2)
     1'b0: FDR_word3_L2[0:7] <= FDR_word3_L2[0:7];                
     1'b1: FDR_word3_L2[0:7] <= FDR_word3Byte0_In[0:7]; 
      default: FDR_word3_L2[0:7] <= 8'bx;  
    endcase                             
   end                                  

// Removed the module 'dp_regDCU_FDRword3Byte1'
always @(posedge CB)      
    begin                                       
    casez(FDR_hi_E1[1] & FDR_hi_byte01_E2)
     1'b0: FDR_word3_L2[8:15] <= FDR_word3_L2[8:15];                
     1'b1: FDR_word3_L2[8:15] <= FDR_word3Byte1_In[0:7];            
      default: FDR_word3_L2[8:15] <= 8'bx;  
    endcase                             
   end

// Removed the module 'dp_regDCU_FDRword3Byte2'
always @(posedge CB)      
    begin                                       
    casez(FDR_hi_E1[2] & FDR_hi_byte23_E2)
     1'b0: FDR_word3_L2[16:23] <= FDR_word3_L2[16:23];                
     1'b1: FDR_word3_L2[16:23] <= FDR_word3Byte2_In[0:7];            
      default: FDR_word3_L2[16:23] <= 8'bx;  
    endcase                             
   end 

// Removed the module 'dp_regDCU_FDRword3Byte3'
always @(posedge CB)      
    begin                                       
    casez(FDR_hi_E1[3] & FDR_hi_byte23_E2)                
     1'b0: FDR_word3_L2[24:31] <= FDR_word3_L2[24:31];                
     1'b1: FDR_word3_L2[24:31] <= FDR_word3Byte3_In[0:7];            
      default: FDR_word3_L2[24:31] <= 8'bx;  
    endcase                             
   end

// Removed the module 'dp_regDCU_FDRword2Byte3'
always @(posedge CB)      
    begin                                       
    casez(FDR_hi_E1[3] & FDR_hi_byte23_E2)                
     1'b0: FDR_word2_L2[24:31] <= FDR_word2_L2[24:31];                
     1'b1: FDR_word2_L2[24:31] <= FDR_word2Byte3_In[0:7];            
      default: FDR_word2_L2[24:31] <= 8'bx;  
    endcase                             
   end  

// Removed the module 'dp_regDCU_FDRword2Byte2'
always @(posedge CB)      
    begin                                       
    casez(FDR_hi_E1[2]& FDR_hi_byte23_E2)                
     1'b0: FDR_word2_L2[16:23] <= FDR_word2_L2[16:23];                
     1'b1: FDR_word2_L2[16:23] <= FDR_word2Byte2_In[0:7];            
      default: FDR_word2_L2[16:23] <= 8'bx;  
    endcase                             
   end 

// Removed the module 'dp_regDCU_FDRword2Byte1'
always @(posedge CB)      
    begin                                       
    casez(FDR_hi_E1[1]& FDR_hi_byte01_E2)                
     1'b0: FDR_word2_L2[8:15] <= FDR_word2_L2[8:15];                
     1'b1: FDR_word2_L2[8:15] <= FDR_word2Byte1_In[0:7];            
      default: FDR_word2_L2[8:15] <= 8'bx;  
    endcase                             
   end

// Removed the module 'dp_regDCU_FDRword2Byte0'
always @(posedge CB)      
    begin                                       
    casez(FDR_hi_E1[0]& FDR_hi_byte01_E2)                
     1'b0: FDR_word2_L2[0:7] <= FDR_word2_L2[0:7];                
     1'b1: FDR_word2_L2[0:7] <= FDR_word2Byte0_In[0:7];            
      default: FDR_word2_L2[0:7] <= 8'bx;  
    endcase                             
   end  

// Removed the module 'dp_regDCU_FDRword1Byte3'
always @(posedge CB)      
    begin                                       
    casez(FDR_hi_E1[3] & FDR_hi_byte23_E2)                
     1'b0: FDR_word1_L2[24:31] <= FDR_word1_L2[24:31];                
     1'b1: FDR_word1_L2[24:31] <= FDR_word1Byte3_In[0:7];            
      default: FDR_word1_L2[24:31] <= 8'bx;  
    endcase                             
   end  

// Removed the module 'dp_regDCU_FDRword1Byte2'
always @(posedge CB)      
    begin                                       
    casez(FDR_hi_E1[2]& FDR_hi_byte23_E2)                
     1'b0: FDR_word1_L2[16:23] <= FDR_word1_L2[16:23];                
     1'b1: FDR_word1_L2[16:23] <=  FDR_word1Byte2_In[0:7];            
      default: FDR_word1_L2[16:23] <= 8'bx;  
    endcase                             
   end 

// Removed the module 'dp_regDCU_FDRword1Byte1'
always @(posedge CB)      
    begin                                       
    casez(FDR_hi_E1[1]& FDR_hi_byte01_E2)                
     1'b0: FDR_word1_L2[8:15] <= FDR_word1_L2[8:15];                
     1'b1: FDR_word1_L2[8:15] <= FDR_word1Byte1_In[0:7];            
      default: FDR_word1_L2[8:15] <= 8'bx;  
    endcase                             
   end

// Removed the module 'dp_regDCU_FDRword1Byte0'
always @(posedge CB)      
    begin                                       
    casez(FDR_hi_E1[0] & FDR_hi_byte01_E2)                
     1'b0: FDR_word1_L2[0:7] <= FDR_word1_L2[0:7];                
     1'b1: FDR_word1_L2[0:7] <= FDR_word1Byte0_In[0:7];            
      default: FDR_word1_L2[0:7] <= 8'bx;  
    endcase                             
   end 

// Removed the module 'dp_muxDCU_FDRword1Byte3'
always @(dataOutPos_B or dataOutPos_A or holdDataRegWord1_L2 or FDR_hiMuxSelByte23 or FDR_holdMuxSel)
    begin                                           
    case({FDR_hiMuxSelByte23,FDR_holdMuxSel[3]})       
     2'b00: FDR_word1Byte3_In[0:7] = dataOutPos_B[56:63];    
     2'b01: FDR_word1Byte3_In[0:7] = dataOutPos_A[56:63];    
     2'b10: FDR_word1Byte3_In[0:7] = holdDataRegWord1_L2[24:31];    
     2'b11: FDR_word1Byte3_In[0:7] = holdDataRegWord1_L2[24:31];    
      default: FDR_word1Byte3_In[0:7] = 8'bx;        
    endcase                                    
   end 

// Removed the module 'dp_muxDCU_FDRword1Byte2'
always @(dataOutPos_B or dataOutPos_A or holdDataRegWord1_L2 or FDR_hiMuxSelByte23 or FDR_holdMuxSel)
    begin                                           
    case({FDR_hiMuxSelByte23,FDR_holdMuxSel[2]})       
     2'b00: FDR_word1Byte2_In[0:7] = dataOutPos_B[48:55];    
     2'b01: FDR_word1Byte2_In[0:7] = dataOutPos_A[48:55];    
     2'b10: FDR_word1Byte2_In[0:7] = holdDataRegWord1_L2[16:23];    
     2'b11: FDR_word1Byte2_In[0:7] = holdDataRegWord1_L2[16:23];    
      default: FDR_word1Byte2_In[0:7] = 8'bx;        
    endcase                                    
   end 

// Removed the module 'dp_muxDCU_FDRword1Byte1'
always @(dataOutPos_B or dataOutPos_A or holdDataRegWord1_L2 or FDR_hiMuxSelByte01 or FDR_holdMuxSel)
    begin                                           
    case({FDR_hiMuxSelByte01,FDR_holdMuxSel[1]})       
     2'b00: FDR_word1Byte1_In[0:7] = dataOutPos_B[40:47];    
     2'b01: FDR_word1Byte1_In[0:7] = dataOutPos_A[40:47];    
     2'b10: FDR_word1Byte1_In[0:7] = holdDataRegWord1_L2[8:15];    
     2'b11: FDR_word1Byte1_In[0:7] = holdDataRegWord1_L2[8:15];    
      default: FDR_word1Byte1_In[0:7] = 8'bx;        
    endcase                                    
   end 

// Removed the module 'dp_muxDCU_FDRword1Byte0'
always @(dataOutPos_B or dataOutPos_A or holdDataRegWord1_L2 or FDR_hiMuxSelByte01 or FDR_holdMuxSel)
    begin                                           
    case({FDR_hiMuxSelByte01,FDR_holdMuxSel[0]})       
     2'b00: FDR_word1Byte0_In[0:7] = dataOutPos_B[32:39];    
     2'b01: FDR_word1Byte0_In[0:7] = dataOutPos_A[32:39];    
     2'b10: FDR_word1Byte0_In[0:7] = holdDataRegWord1_L2[0:7];    
     2'b11: FDR_word1Byte0_In[0:7] = holdDataRegWord1_L2[0:7];    
      default: FDR_word1Byte0_In[0:7] = 8'bx;        
    endcase                                    
   end 

// Removed the module 'dp_regDCU_FDRword0Byte3'
always @(posedge CB)      
    begin                                       
    casez(FDR_hi_E1[3]& FDR_hi_byte23_E2)                
     1'b0: FDR_word0_L2[24:31] <= FDR_word0_L2[24:31];                
     1'b1: FDR_word0_L2[24:31] <= FDR_word0Byte3_In[0:7];            
      default: FDR_word0_L2[24:31] <= 8'bx;  
    endcase                             
   end 

// Removed the module 'dp_regDCU_FDRword0Byte2'
always @(posedge CB)      
    begin                                       
    casez(FDR_hi_E1[2] & FDR_hi_byte23_E2)                
     1'b0: FDR_word0_L2[16:23] <= FDR_word0_L2[16:23];                
     1'b1: FDR_word0_L2[16:23] <= FDR_word0Byte2_In[0:7];            
      default: FDR_word0_L2[16:23] <= 8'bx;  
    endcase                             
   end 

// Removed the module 'dp_regDCU_FDRword0Byte1'
always @(posedge CB)      
    begin                                       
    casez(FDR_hi_E1[1] & FDR_hi_byte01_E2)                
     1'b0: FDR_word0_L2[8:15] <= FDR_word0_L2[8:15];                
     1'b1: FDR_word0_L2[8:15] <= FDR_word0Byte1_In[0:7];            
      default: FDR_word0_L2[8:15] <= 8'bx;  
    endcase                             
   end

// Removed the module 'dp_regDCU_FDRword0Byte0'
always @(posedge CB)      
    begin                                       
    casez(FDR_hi_E1[0] & FDR_hi_byte01_E2)                
     1'b0: FDR_word0_L2[0:7] <= FDR_word0_L2[0:7];                
     1'b1: FDR_word0_L2[0:7] <= FDR_word0Byte0_In[0:7];            
      default: FDR_word0_L2[0:7] <= 8'bx;  
    endcase                             
   end

// Removed the module 'dp_muxDCU_FDRword0Byte3'
always @(dataOutPos_B or dataOutPos_A or holdDataRegWord0_L2 or FDR_hiMuxSelByte23 or FDR_holdMuxSel)
    begin                                           
    case({FDR_hiMuxSelByte23,FDR_holdMuxSel[3]})       
     2'b00: FDR_word0Byte3_In[0:7] = dataOutPos_B[24:31];    
     2'b01: FDR_word0Byte3_In[0:7] = dataOutPos_A[24:31];    
     2'b10: FDR_word0Byte3_In[0:7] = holdDataRegWord0_L2[24:31];    
     2'b11: FDR_word0Byte3_In[0:7] = holdDataRegWord0_L2[24:31];    
      default: FDR_word0Byte3_In[0:7] = 8'bx;        
    endcase                                    
   end 

// Removed the module 'dp_muxDCU_FDRword0Byte2'
always @(dataOutPos_B or dataOutPos_A or holdDataRegWord0_L2 or FDR_hiMuxSelByte23 or FDR_holdMuxSel)
    begin                                           
    case({FDR_hiMuxSelByte23,FDR_holdMuxSel[2]})       
     2'b00: FDR_word0Byte2_In[0:7] = dataOutPos_B[16:23];    
     2'b01: FDR_word0Byte2_In[0:7] = dataOutPos_A[16:23];    
     2'b10: FDR_word0Byte2_In[0:7] = holdDataRegWord0_L2[16:23];    
     2'b11: FDR_word0Byte2_In[0:7] = holdDataRegWord0_L2[16:23];    
      default: FDR_word0Byte2_In[0:7] = 8'bx;        
    endcase                                    
   end

// Removed the module 'dp_muxDCU_FDRword0Byte1'
always @(dataOutPos_B or dataOutPos_A or holdDataRegWord0_L2 or FDR_hiMuxSelByte01 or FDR_holdMuxSel)
    begin                                           
    case({FDR_hiMuxSelByte01,FDR_holdMuxSel[1]})       
     2'b00: FDR_word0Byte1_In[0:7] = dataOutPos_B[8:15];    
     2'b01: FDR_word0Byte1_In[0:7] = dataOutPos_A[8:15];    
     2'b10: FDR_word0Byte1_In[0:7] = holdDataRegWord0_L2[8:15];    
     2'b11: FDR_word0Byte1_In[0:7] = holdDataRegWord0_L2[8:15];    
      default: FDR_word0Byte1_In[0:7] = 8'bx;        
    endcase                                    
   end 

// Removed the module 'dp_muxDCU_FDRword0Byte0'
always @(dataOutPos_B or dataOutPos_A or holdDataRegWord0_L2 or FDR_hiMuxSelByte01 or FDR_holdMuxSel)
    begin                                           
    case({FDR_hiMuxSelByte01,FDR_holdMuxSel[0]})
     2'b00:  FDR_word0Byte0_In[0:7] = dataOutPos_B[0:7];    
     2'b01:  FDR_word0Byte0_In[0:7] = dataOutPos_A[0:7];    
     2'b10:  FDR_word0Byte0_In[0:7] = holdDataRegWord0_L2[0:7];    
     2'b11:  FDR_word0Byte0_In[0:7] = holdDataRegWord0_L2[0:7];    
      default:  FDR_word0Byte0_In[0:7] = 8'bx;        
    endcase                                    
   end 

//--------- start ---------------
// rgoldiez - added this register to select the proper parity error signal
//
// We will generate a parity error signal if any byte in the half line has an error.  The particular
// selects used in the mux-reg is not important since we keep the error signal on for the entire half
// line.

// do we really need this stuff if we qualify the output with flushIdle_state_N
// OR2_J  logDCU_parityFlushType(.Z(flushInst), .A(carDcbf), .B(carDcbst));
// NOR2_J logDCU_parityNotFlushType(.Z(flushInst_N), .A(carDcbf), .B(carDcbst));

// do we really need this stuff if we qualify the output with flushIdle_state_N
// AO22_H logDCU_parityErrorAllowedA (.Z(p_allowA), .A1(flushInst), .A2(hit_a), .B1(flushInst_N), .B2(validA));
// AO22_H logDCU_parityErrorAllowedB (.Z(p_allowB), .A1(flushInst), .A2(hit_b), .B1(flushInst_N), .B2(validB));

// do we really need this stuff if we qualify the output with flushIdle_state_N
// AND2_J logDCU_parityDirtyAndAllowedA (.Z(p_dirtyAndAllowedA), .A(dirtyA), .B(p_allowA));
// AND2_J logDCU_parityDirtyAndAllowedB (.Z(p_dirtyAndAllowedB), .A(dirtyB), .B(p_allowB));

// OA21_H logDCU_parityTagOrDataErrA (.A1(p_aSideErrorRaw), .A2(p_tagErrorA), .B(p_dirtyAndAllowedA), .Z(p_aSideError));
// OA21_H logDCU_parityTagOrDataErrB (.A1(p_bSideErrorRaw), .A2(p_tagErrorB), .B(p_dirtyAndAllowedB), .Z(p_bSideError));

// new! added this to detect all multi-hit errors
   // Replacing instantiation: AND2 logDCU_parityMultiHit
   wire p_flushMultiHit;
   assign p_flushMultiHit = hit_a & hit_b;

// new! changed to cause an error for a bad tag on either way, not just the hit way
   // Replacing instantiation: OR3 logDCU_parityTagOrDataErrA
   wire p_aSideError;
   assign p_aSideError = p_aSideErrorRaw | tagParityError | p_flushMultiHit;

   // Replacing instantiation: OR3 logDCU_parityTagOrDataErrB
   wire p_bSideError;
   assign p_bSideError = p_bSideErrorRaw | tagParityError | p_flushMultiHit;


// rgoldiez - We need to qualify the bSideError signal with reset since at reset the bSideError leg
//             is the default.  Qualifying it with zero forces this leg to be zero and we can reset
//             the register
   // Replacing instantiation: INVERT logDCU_parityResetInv
   wire resetCore_N;
   assign resetCore_N = ~(resetCore);

// AND2_J logDCU_parityBSideResetQual(.A(p_bSideError), .B(resetCore_N), .Z(p_bSideErrorAndNotReset));

// rgoldiez - these OR gates are to enable the E1/E2 signals during reset to reset the
//             registers
// new! Changed to fix def2018 by added the 'C' leg to these OR gates
   // Replacing instantiation: OR3 logDCU_parityResetQualHi1
   wire flushAlmostDoneBlip;
   wire p_parityFDRhiE1;
   assign p_parityFDRhiE1 = FDR_hi_E1[0] | resetCore | flushAlmostDoneBlip;

   // Replacing instantiation: OR3 logDCU_parityResetQualHi2
   assign p_parityFDRhiE2 = FDR_hi_byte01_E2 | resetCore | flushAlmostDoneBlip;


// rgoldiez - made this a 3-port mux-reg since D2 and "D3" need the same signal (def1940)
// new! Changed to fix def2018 further gating the D0/D1 inputs with the 'blip' signal
//      we need to gate if off with flushAlmostDone"Blip" and not if there is still a 
//        flush pending (hence the oneFPL2)
   // Replacing instantiation: PDP_P3EEL2 dp_regDCU_parityFDRhi
   reg dp_regDCU_parityFDRhi_regL2;
   reg dp_regDCU_parityFDRhi_DataIn;
   wire dp_regDCU_parityFDRhi_D0,dp_regDCU_parityFDRhi_D1; 
   wire dp_regDCU_parityFDRhi_D2; 
   wire [0:1] dp_regDCU_parityFDRhi_SD; 
   wire dp_regDCU_parityFDRhi_E1; 
   wire dp_regDCU_parityFDRhi_E2; 
   assign p_FDRhi_L2 = dp_regDCU_parityFDRhi_regL2;     	
   assign dp_regDCU_parityFDRhi_E1 = p_parityFDRhiE1;     
   assign dp_regDCU_parityFDRhi_E2 = p_parityFDRhiE2;     
   assign dp_regDCU_parityFDRhi_SD = {FDR_hiMuxSelByte01,FDR_holdMuxSel[0]};    	
   assign dp_regDCU_parityFDRhi_D0 = (p_bSideError & resetCore_N & (flushAlmostDoneBlip_N));    	
   assign dp_regDCU_parityFDRhi_D1 = (p_aSideError & (flushAlmostDoneBlip_N));    	
   assign dp_regDCU_parityFDRhi_D2 = p_holdDataReg_L2;    	
                                           
   // 3-1 Mux input to register	      	
   always @(dp_regDCU_parityFDRhi_D0 or dp_regDCU_parityFDRhi_D1 or dp_regDCU_parityFDRhi_D2 or dp_regDCU_parityFDRhi_SD)  	
    begin				  	
    casex(dp_regDCU_parityFDRhi_SD)			
     2'b00: dp_regDCU_parityFDRhi_DataIn = dp_regDCU_parityFDRhi_D0;	
     2'b01: dp_regDCU_parityFDRhi_DataIn = dp_regDCU_parityFDRhi_D1;	
     2'b1x: dp_regDCU_parityFDRhi_DataIn = dp_regDCU_parityFDRhi_D2;	
      default: dp_regDCU_parityFDRhi_DataIn = 1'bx;  
    endcase		 		
   end			 		
   // L2 Output modeled as posedge FF      
   always @(posedge CB)  	
    begin				  	
    casez(dp_regDCU_parityFDRhi_E1 & dp_regDCU_parityFDRhi_E2)		
     1'b0: dp_regDCU_parityFDRhi_regL2 <= dp_regDCU_parityFDRhi_regL2;		
     1'b1: dp_regDCU_parityFDRhi_regL2 <= dp_regDCU_parityFDRhi_DataIn;	
      default: dp_regDCU_parityFDRhi_regL2 <= 1'bx;  
    endcase		 		
   end			 		


// rgoldiez - these OR gates are to enable the E1/E2 signals during reset to reset the
//             registers
// new! Changed to fix def2018 by added the 'C' leg to these OR gates
   // Replacing instantiation: OR3 logDCU_parityResetQualLo1
   wire p_parityFDRloE1;
   assign p_parityFDRloE1 = FDR_lo_E1[0] | resetCore | flushAlmostDoneBlip;

   // Replacing instantiation: OR3 logDCU_parityResetQualLo2
   assign p_parityFDRloE2 = FDR_lo_byte01_E2 | resetCore | flushAlmostDoneBlip;


// new! Changed to fix def2018 further gating the D0/D1 inputs with the 'blip' signal
   // Replacing instantiation: PDP_P2EUL2 dp_regDCU_parityFDRlo
   reg dp_regDCU_parityFDRlo_regL2;
   reg dp_regDCU_parityFDRlo_DataIn;
   wire dp_regDCU_parityFDRlo_D0,dp_regDCU_parityFDRlo_D1; 
   wire dp_regDCU_parityFDRlo_SD; 
   wire dp_regDCU_parityFDRlo_E1; 
   assign p_FDRlo_L2 = dp_regDCU_parityFDRlo_regL2;     	
   assign dp_regDCU_parityFDRlo_E1 = p_parityFDRloE1 & p_parityFDRloE2;     
   assign dp_regDCU_parityFDRlo_SD = FDR_loMuxSelByte01;    	
   assign dp_regDCU_parityFDRlo_D0 = (p_bSideError & resetCore_N & (flushAlmostDoneBlip_N));    	
   assign dp_regDCU_parityFDRlo_D1 = (p_aSideError & (flushAlmostDoneBlip_N));    	
                                           
   // 2-1 Mux input to register	      	
   always @(dp_regDCU_parityFDRlo_D0 or dp_regDCU_parityFDRlo_D1 or dp_regDCU_parityFDRlo_SD)  	
    begin				  	
    casez(dp_regDCU_parityFDRlo_SD)			
     1'b0: dp_regDCU_parityFDRlo_DataIn = dp_regDCU_parityFDRlo_D0;	
     1'b1: dp_regDCU_parityFDRlo_DataIn = dp_regDCU_parityFDRlo_D1;	
      default: dp_regDCU_parityFDRlo_DataIn = 1'bx;  
    endcase		 		
   end			 		
   // L2 Output modeled as posedge FF      
   always @(posedge CB)  	
    begin				  	
    casez(dp_regDCU_parityFDRlo_E1)			
     1'b0: dp_regDCU_parityFDRlo_regL2 <= dp_regDCU_parityFDRlo_regL2;		
     1'b1: dp_regDCU_parityFDRlo_regL2 <= dp_regDCU_parityFDRlo_DataIn;	
      default: dp_regDCU_parityFDRlo_regL2 <= 1'bx;  
    endcase		 		
   end			 		


   // Replacing instantiation: NAND2 logDCU_parityFlushStateQual
   wire flushIdle_stateL2_Qual;
   wire flushIdle_stateL2;
   assign flushIdle_stateL2_Qual = ~( flushIdle_stateL2 & resetCore_N );

   // Replacing instantiation: OR2 logDCU_parityLastCycleE1
   wire parityFlushErrorLastCycleE1;
   wire flushIdle_state_N;
   assign parityFlushErrorLastCycleE1 = flushIdle_state_N | flushIdle_stateL2_Qual;

   // Replacing instantiation: OA21 logDCU_parityErrorLastCycle
   wire p_FlushErrorLastCycle;
   assign p_FlushErrorLastCycle = (p_FDRhi_L2 | p_FDRlo_L2) & flushIdle_state_N;

   // Replacing instantiation: AND2 logDCU_parityErrorLastCycleIn
   wire p_FlushErrorLastCycleIn;
   assign p_FlushErrorLastCycleIn = p_FlushErrorLastCycle & ~flushDone;

// changing this below due to problem found with /afs/peps/p/cobra/src/kmagill/testcode/dcu/code/dcu_TF_Monitors_Test.scr
// INVERT_F logDCU_parityFADInv (.Z(flushAlmostDoneL2_N), .A(flushAlmostDoneL2));
// NAND2_F  logDCU_parityFADBlipIn (.Z(flushAlmostDoneBlip_N), .A(flushAlmostDone), .B(flushAlmostDoneL2_N));
   // Replacing instantiation: INVERT logDCU_parityFADInv
   wire flushAlmostDone_N;
   assign flushAlmostDone_N = ~(flushAlmostDone);

   // Replacing instantiation: NAND2 logDCU_parityFADBlipIn
   wire flushAlmostDoneL2;
   assign flushAlmostDoneBlip_N = ~( flushAlmostDone & ~flushAlmostDoneL2 );

// new! Added to fix def2018
   // Replacing instantiation: INVERT logDCU_parityFADBlip_Buf
   assign flushAlmostDoneBlip = ~(flushAlmostDoneBlip_N);


   // Replacing instantiation: PDP_P1EUL2 dp_regDCU_parityFlushErrorLastCycle
   wire p_FlushErrorLastCycleL2;
   reg [0:2] dp_regDCU_parityFlushErrorLastCycle_regL2;
   wire [0:2] dp_regDCU_parityFlushErrorLastCycle_D; 
   wire dp_regDCU_parityFlushErrorLastCycle_E1; 
   assign {p_FlushErrorLastCycleL2,flushIdle_stateL2,flushAlmostDoneL2} = dp_regDCU_parityFlushErrorLastCycle_regL2;     	
   assign dp_regDCU_parityFlushErrorLastCycle_E1 = parityFlushErrorLastCycleE1;     
   assign dp_regDCU_parityFlushErrorLastCycle_D = {p_FlushErrorLastCycleIn,flushIdle_state,flushAlmostDone};       
                                           
   // L2 Output modeled as posedge FF      
   always @(posedge CB)  	
    begin				  	
    casez(dp_regDCU_parityFlushErrorLastCycle_E1)	                
     1'b0: dp_regDCU_parityFlushErrorLastCycle_regL2 <= dp_regDCU_parityFlushErrorLastCycle_regL2;		
     1'b1: dp_regDCU_parityFlushErrorLastCycle_regL2 <= dp_regDCU_parityFlushErrorLastCycle_D;		
      default: dp_regDCU_parityFlushErrorLastCycle_regL2 <= 3'bx;  
    endcase		 		
   end			 		



   // Replacing instantiation: INVERT logDCU_parityFlushIdleInv
   assign flushIdle_state_N = ~(flushIdle_state);

   // Replacing instantiation: INVERT logDCU_parityFlushErrorLastInv
   wire p_FlushErrorLastCycle_N;
   assign p_FlushErrorLastCycle_N = ~(p_FlushErrorLastCycleL2);

   // Replacing instantiation: AO22 logDCU_parityFlushReduction
   wire FlushParityError;
   assign FlushParityError = (p_FDRhi_L2 & flushIdle_state_N) | (p_FDRlo_L2 & flushIdle_state_N);

   // Replacing instantiation: AND3 logDCU_parityFlushError
   assign DCU_FlushParityError = p_FlushErrorLastCycle_N & FlushParityError & oneFPL2;

//--------- end -----------------


endmodule